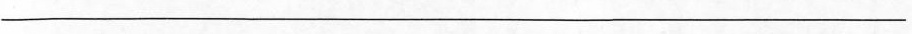
___